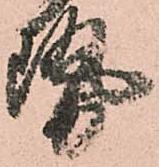
勢